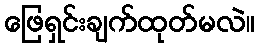
ဖြေရှင်းချက်ထုတ်မလဲ။